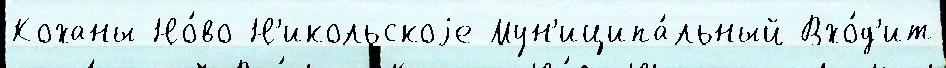
Коханы Но́во-Н'икольскоjе Мун'иципа́льный Вхо́д'ит